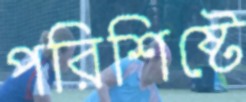
পরিশিষ্টে